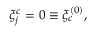
\xi _ { j } ^ { c } = 0 \equiv \xi _ { c } ^ { ( 0 ) } ,